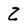
Character: Z